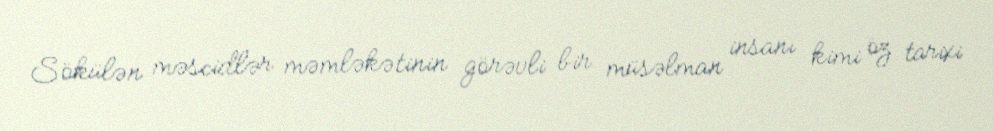
Sökülən məscidlər məmləkətinin görəvli bir müsəlman insanı kimi öz tarixi